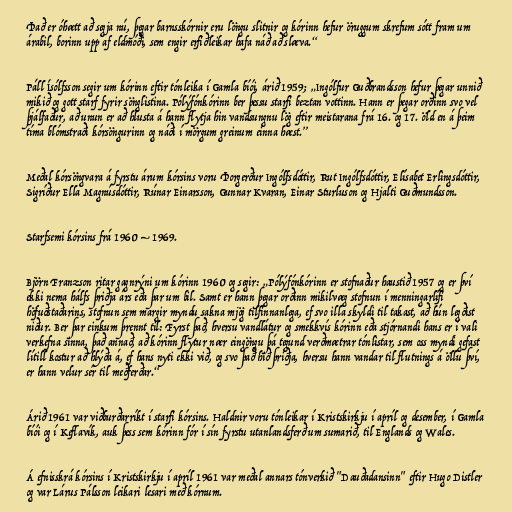
Það er óhætt að segja nú, þegar barnsskórnir eru löngu slitnir og kórinn hefur öruggum skrefum sótt fram um
árabil, borinn upp af eldmóði, sem engir erfiðleikar hafa náð að slæva.“

Páll Ísólfsson segir um kórinn eftir tónleika í Gamla bíói, árið 1959; „Ingólfur Guðbrandsson hefur þegar unnið
mikið og gott starf fyrir sönglistina. Pólýfónkórinn ber þessu starfi beztan vottinn. Hann er þegar orðinn svo vel
þjálfaður, að unun er að hlusta á hann flytja hin vandsungnu lög eftir meistarana frá 16. og 17. öld en á þeim
tíma blómstraði kórsöngurinn og náði í mörgum greinum einna hæst.”

Meðal kórsöngvara á fyrstu árum kórsins voru Þorgerður Ingólfsdóttir, Rut Ingólfsdóttir, Elísabet Erlingsdóttir,
Sigríður Ella Magnúsdóttir, Rúnar Einarsson, Gunnar Kvaran, Einar Sturluson og Hjalti Guðmundsson.

Starfsemi kórsins frá 1960 – 1969.

Björn Franzson ritar gagnrýni um kórinn 1960 og segir: „Pólýfónkórinn er stofnaður haustið 1957 og er því
ekki nema hálfs þriðja árs eða þar um bil. Samt er hann þegar orðinn mikilvæg stofnun í menningarlífi
höfuðstaðarins, stofnun sem margir myndu sakna mjög tilfinnanlega, ef svo illa skyldi til takast, að hún legðist
niður. Ber þar einkum þrennt til: Fyrst það, hversu vandlátur og smekkvís kórinn eða stjórnandi hans er í vali
verkefna sinna, það annað, að kórinn flytur nær eingöngu þá tegund verðmætrar tónlistar, sem oss myndi gefast
lítill kostur að hlýða á, ef hans nyti ekki við, og svo það hið þriðja, hversu hann vandar til flutnings á öllu því,
er hann velur sér til meðferðar.“

Árið 1961 var viðburðarríkt í starfi kórsins. Haldnir voru tónleikar í Kristskirkju í apríl og desember, í Gamla
bíói og í Keflavík, auk þess sem kórinn fór í sín fyrstu utanlandsferð um sumarið, til Englands og Wales.

Á efnisskrá kórsins í Kristskirkju í apríl 1961 var meðal annars tónverkið "Dauðadansinn" eftir Hugo Distler
og var Lárus Pálsson leikari lesari með kórnum.